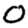
Digit: 0